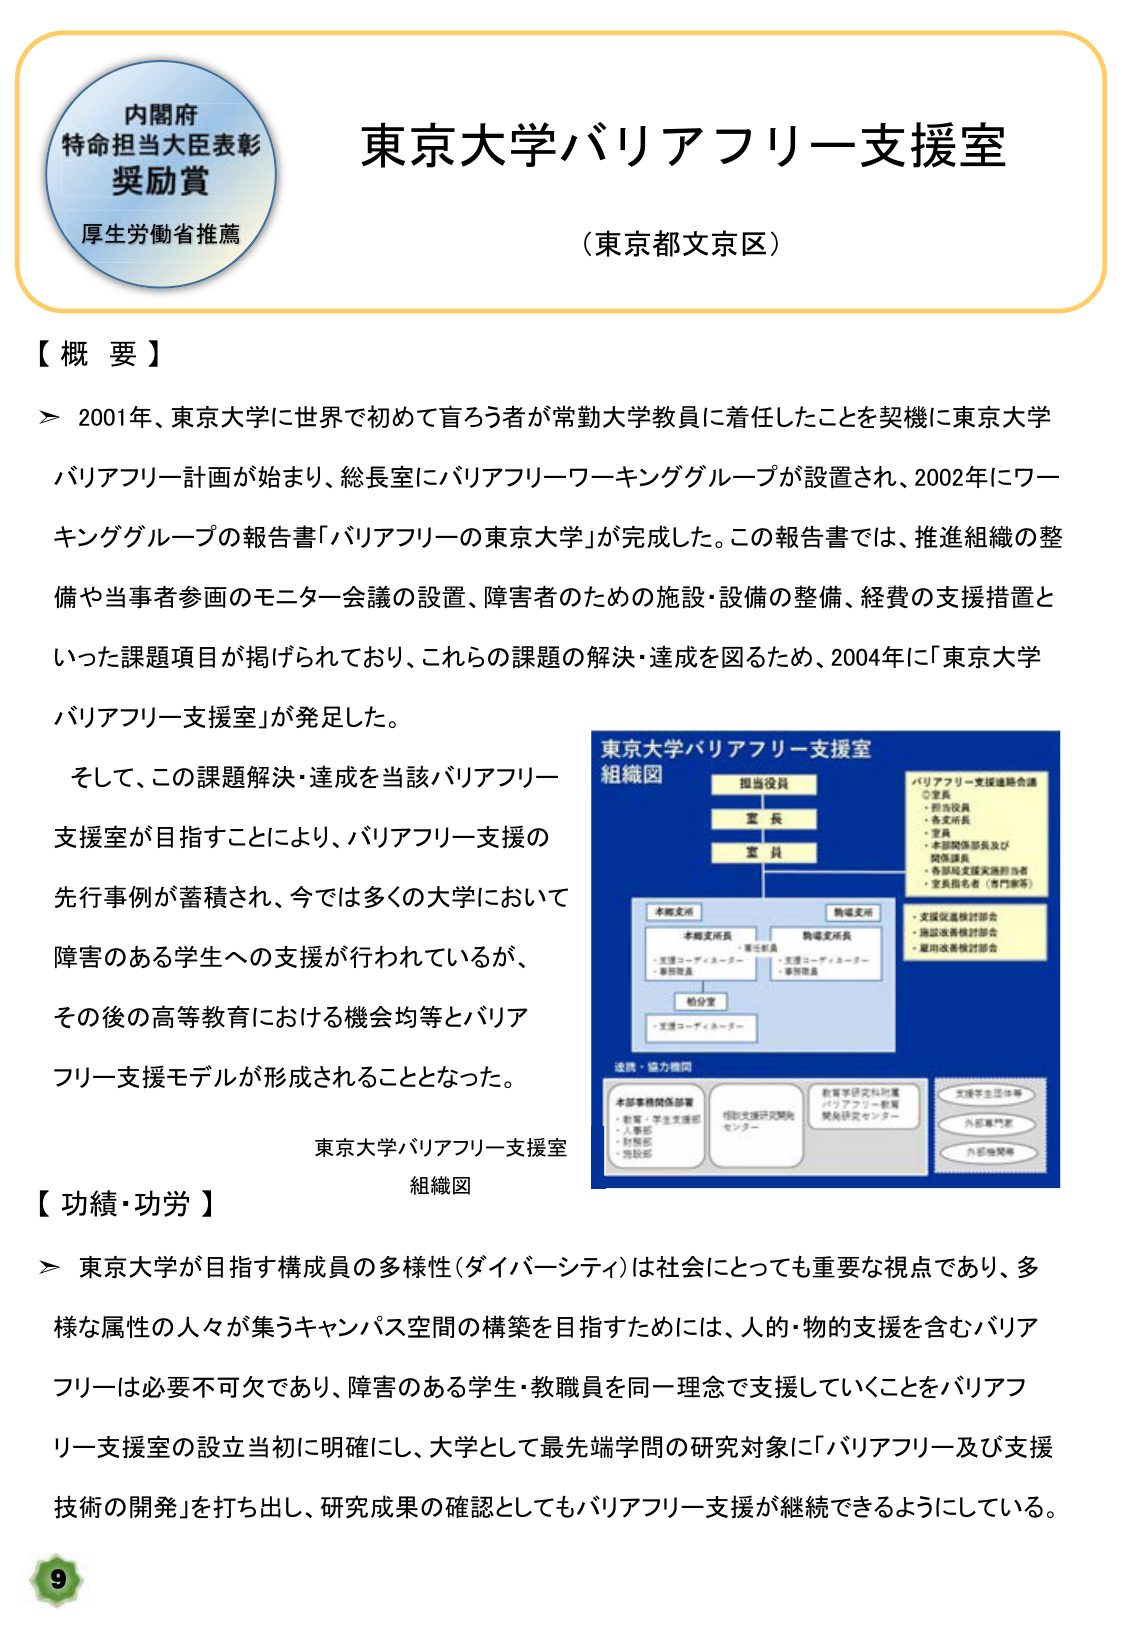
内閣府
特命担当大臣表彰
奨励賞
厚生労働省推薦

東京大学バリアフリー支援室
（東京都文京区）

【概要】
＞ 2001年、東京大学に世界で初めて盲ろう者が常勤大学教員に着任したことを契機に東京大学バリアフリー計画が始まり、総長室にバリアフリーワーキンググループが設置され、2002年にワーキンググループの報告書「バリアフリーの東京大学」が完成した。この報告書では、推進組織の整備や当事者参画のモニター会議の設置、障害者のための施設・設備の整備、経費の支援措置といった課題項目が掲げられており、これらの課題の解決・達成を図るため、2004年に「東京大学バリアフリー支援室」が発足した。

そして、この課題解決・達成を当該バリアフリー支援室が目指すことにより、バリアフリー支援の先行事例が蓄積され、今では多くの大学において障害のある学生への支援が行われているが、その後の高等教育における機会均等とバリアフリー支援モデルが形成されることとなった。

東京大学バリアフリー支援室
組織図

東京大学バリアフリー支援室
組織図
担当役員
室長
室員
本部支援
本部支援所長
・主任部員
・支援コーディネーター
・事務職員
助成室
・支援コーディネーター
職場支援
職場支援所長
・支援コーディネーター
・事務職員
バリアフリー支援連絡会議
◎室長
・担当役員
・各支援所長
・室員
・本部関係部長及び関係課長
・各部局支援実施担当者
・室員指名者（専門家等）
・支援促進検討部会
・施設改善検討部会
・雇用改善検討部会
連携・協力機関
本部事務関係部署
・教養・学生支援部
・人事部
・財務部
・施設部
相談支援研究開発センター
教育学研究科附属
バリアフリー教育
開発研究センター
支援学生団体等
外部専門家
外部機関等

【功績・功労】
＞ 東京大学が目指す構成員の多様性（ダイバーシティ）は社会にとっても重要な視点であり、多様な属性の人々が集うキャンパス空間の構築を目指すためには、人的・物的支援を含むバリアフリーは必要不可欠であり、障害のある学生・教職員を同一理念で支援していくことをバリアフリー支援室の設立当初に明確にし、大学として最先端学問の研究対象に「バリアフリー及び支援技術の開発」を打ち出し、研究成果の確認としてもバリアフリー支援が継続できるようにしている。

9